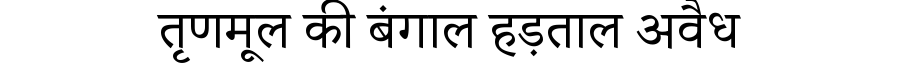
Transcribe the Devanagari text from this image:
तृणमूल की बंगाल हड़ताल अवैध